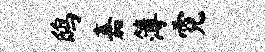
鸱嘉簿霓